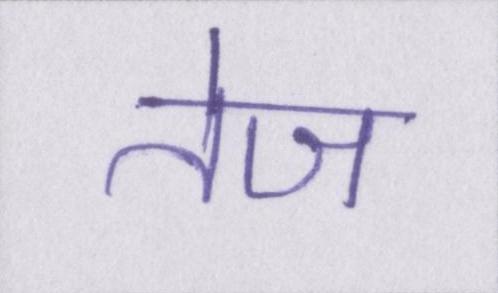
तेज